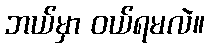
ဘယ်မှာ ဝယ်ရမလဲ။